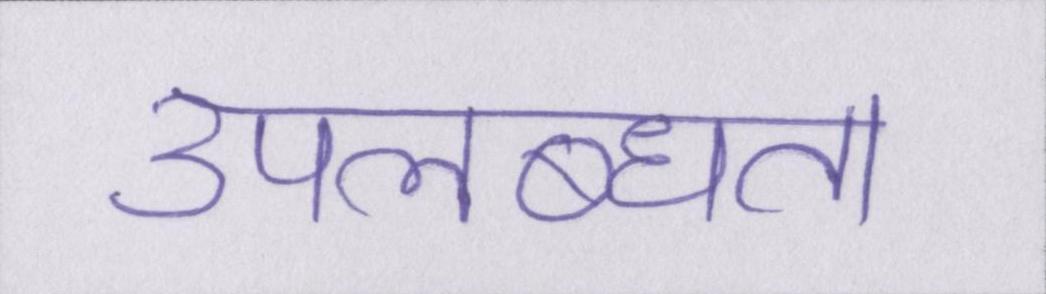
उपलब्धता